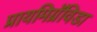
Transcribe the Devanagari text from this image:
प्रायमिग्रॅविडा